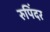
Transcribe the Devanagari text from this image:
रुपिंदर